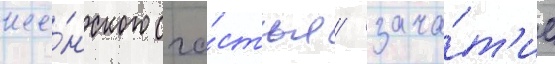
же́нского сча́стья / зача́т'ие